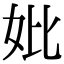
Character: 妣